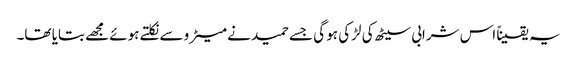
یہ یقیناً اس شرابی سیٹھ کی لڑکی ہو گی جسے حمید نے میٹرو سے نکلتے ہوئے مجھے بتایا تھا۔